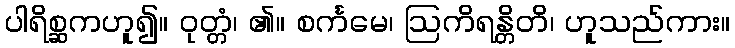
ပါရိစ္ဆကဟူ၍။ ဝုတ္တံ၊ ၏။ စင်္ကမေ၊ ဩကိရန္တိတိ၊ ဟူသည်ကား။